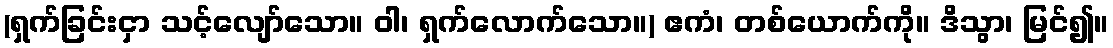
(ရှက်ခြင်းငှာ သင့်လျော်သော။ ဝါ၊ ရှက်လောက်သော။) ဧကံ၊ တစ်ယောက်ကို။ ဒိသွာ၊ မြင်၍။